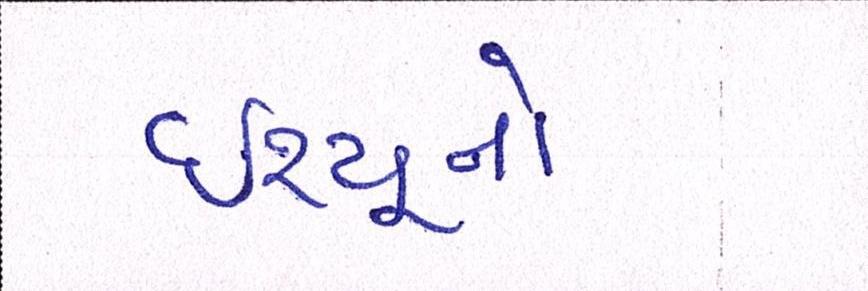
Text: ઇશ્યૂનો